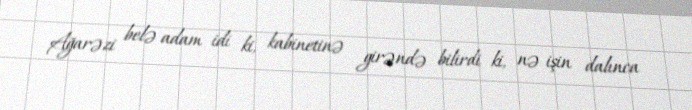
Ağarəzi belə adam idi ki, kabinetinə girəndə bilirdi ki, nə işin dalınca